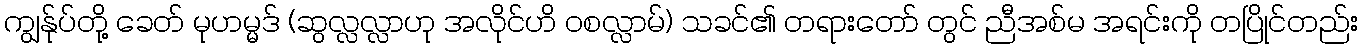
ကျွန်ုပ်တို့ ခေတ် မုဟမ္မဒ် (ဆွလ္လလ္လာဟု အလိုင်ဟိ ဝစလ္လာမ်) သခင်၏ တရားတော် တွင် ညီအစ်မ အရင်းကို တပြိုင်တည်း